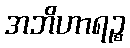
အဘိဟာရဉ္စ